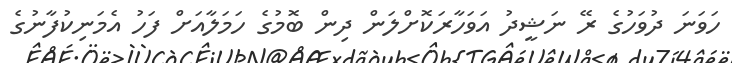
ހަވަނަ ދުވަހުގެ ރޭ ނަޝީދު އަވަހާރަކޮށްލަން ދިން ބޮމުގެ ހަމަލާއަށް ފަހު އެމަނިކުފާނުގެ